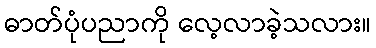
ဓာတ်ပုံပညာကို လေ့လာခဲ့သလား။